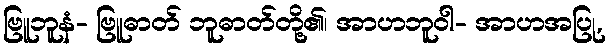
ဗြူဘူနံ- ဗြူဓာတ် ဘူဓာတ်တို့၏၊ အာဟဘူဝါ- အာဟအပြု,